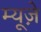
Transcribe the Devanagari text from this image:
म्यूज़े